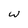
Character: W